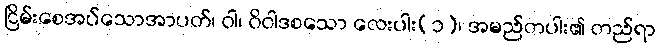
ငြိမ်းစေအပ်သောအာပတ်၊ ဝါ၊ ဝိဝါဒစသော လေးပါး(၁)၊ အမည်တပါး၏ တည်ရာ